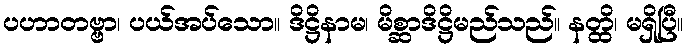
ပဟာတဗ္ဗာ၊ ပယ်အပ်သော။ ဒိဋ္ဌိနာမ၊ မိစ္ဆာဒိဋ္ဌိမည်သည်။ နတ္ထိ၊ မရှိပြီ။